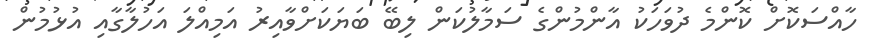
ހާއްސަކޮށް ކޮންމެ ދުވަހަކު އާންމުންގެ ސަމާލުކަން ލިބޭ ބަޔަކަށްވާއިރު އަމިއްލަ އަހުލާގާއި އުޅުމުން